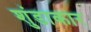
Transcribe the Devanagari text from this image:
शुंडाकार